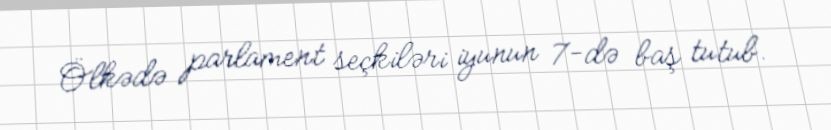
Ölkədə parlament seçkiləri iyunun 7-də baş tutub.